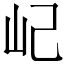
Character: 屺